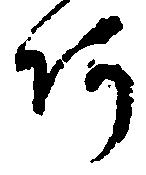
阿